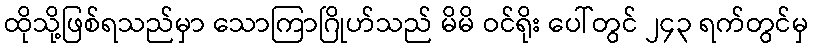
ထိုသို့ဖြစ်ရသည်မှာ သောကြာဂြိုဟ်သည် မိမိ ဝင်ရိုး ပေါ်တွင် ၂၄၃ ရက်တွင်မှ